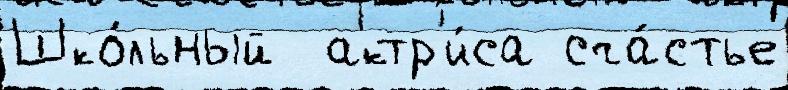
Шко́льный  актр'и́са сча́стье